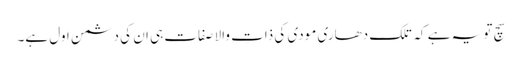
سچ تو یہ ہے کہ تلک دھاری مودی کی ذاتِ والا صفات ہی ان کی دشمن اول ہے۔